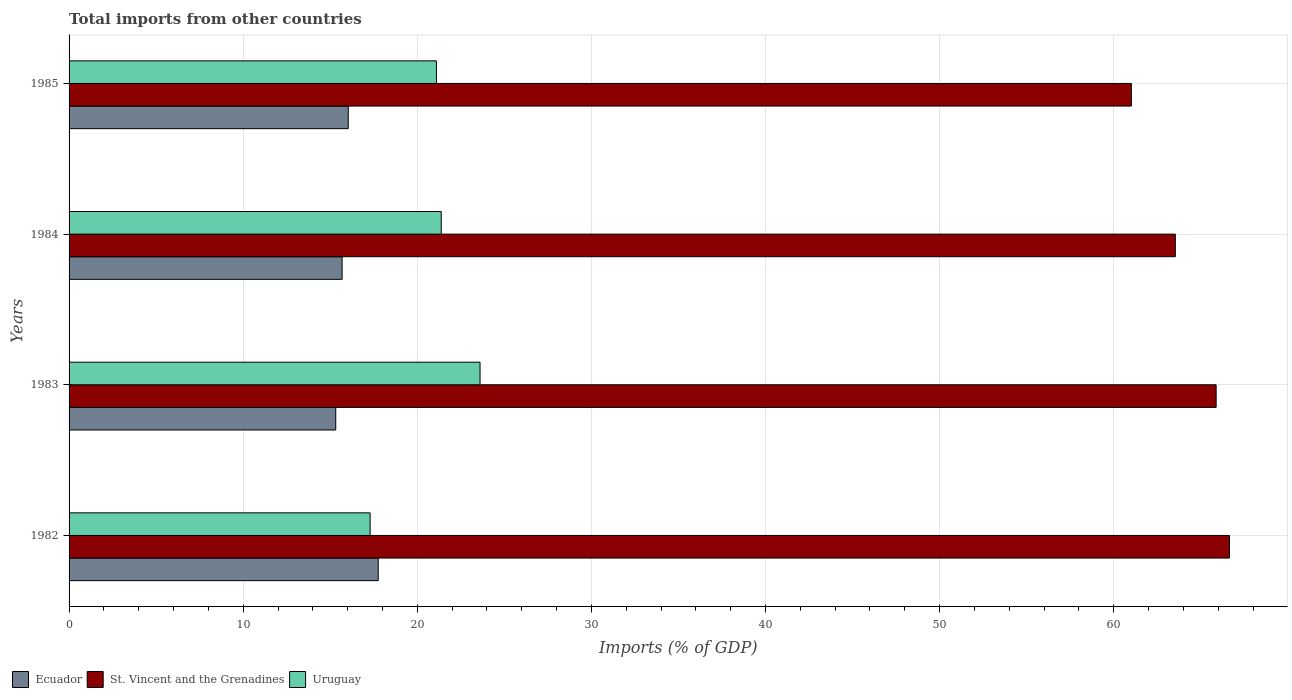
| Years | Ecuador | St. Vincent and the Grenadines | Uruguay |
 | --- | --- | --- | --- |
 | 1982 | 17.8 | 66.6 | 17.3 |
 | 1983 | 15.3 | 65.9 | 23.6 |
 | 1984 | 15.7 | 63.5 | 21.4 |
 | 1985 | 16 | 61 | 21.1 |